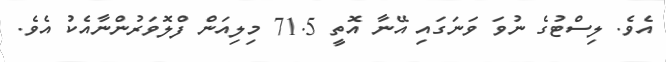
އެވެ. ލިސްޓުގެ ނުވަ ވަނަގައި އޭނާ އޮތީ 71.5 މިލިއަން ފްލޮވަރުންނާއެކު އެވެ.